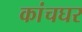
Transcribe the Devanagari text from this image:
कांचघर